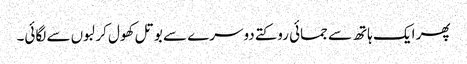
پھر ایک ہاتھ سے جمائی روکتے دوسرے سے بوتل کھول کر لبوں سے لگائی۔